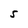
Character: S